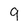
Character: 9